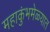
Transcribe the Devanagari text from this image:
महाकुंभमेळ्यात